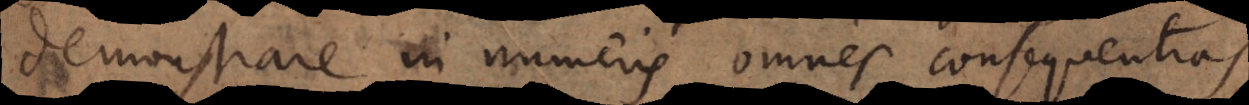
demonstrare in numeris omnes consequentias,